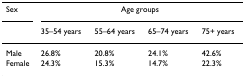
<table><thead><tr><td><b>Sex</b></td><td colspan="4"><b>Age groups</b></td></tr><tr><td></td><td><b>35–54 years</b></td><td><b>55–64 years</b></td><td><b>65–74 years</b></td><td><b>75+ years</b></td></tr></thead><tbody><tr><td>Male</td><td>26.8%</td><td>20.8%</td><td>24.1%</td><td>42.6%</td></tr><tr><td>Female</td><td>24.3%</td><td>15.3%</td><td>14.7%</td><td>22.3%</td></tr></tbody></table>